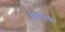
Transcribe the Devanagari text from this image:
झालीली